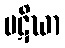
ပဋိဃာ